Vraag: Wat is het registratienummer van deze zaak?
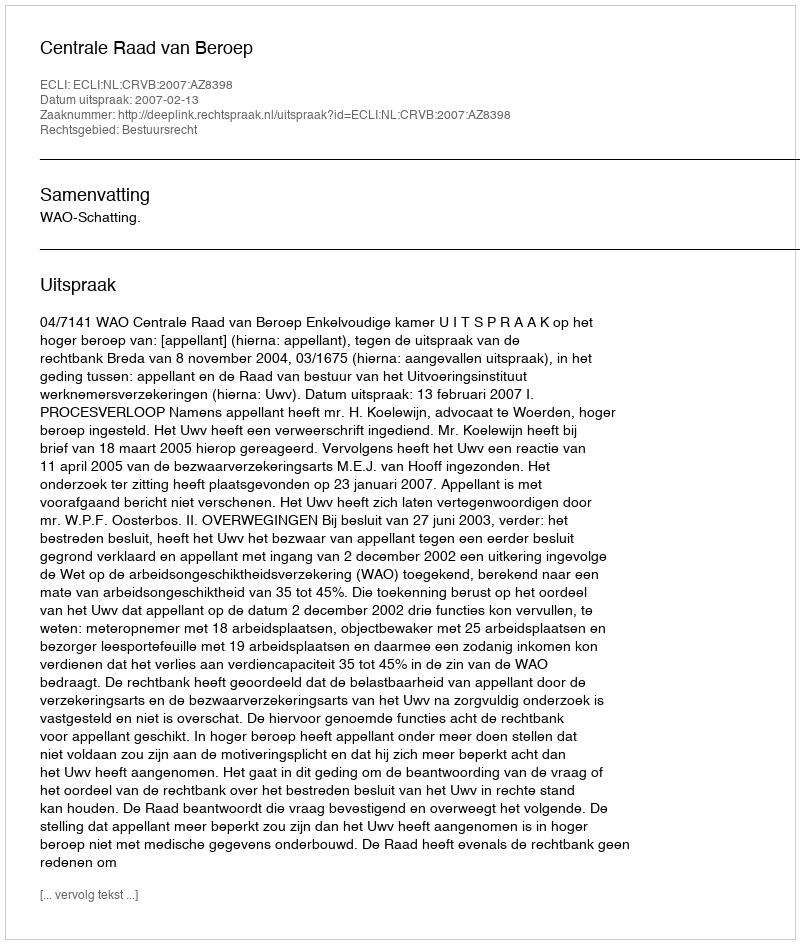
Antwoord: http://deeplink.rechtspraak.nl/uitspraak?id=ECLI:NL:CRVB:2007:AZ8398